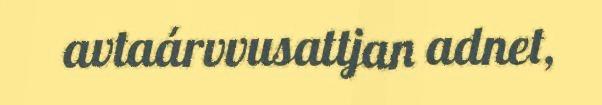
avtaárvvusattjan adnet,